画像に写った文字を読んでください
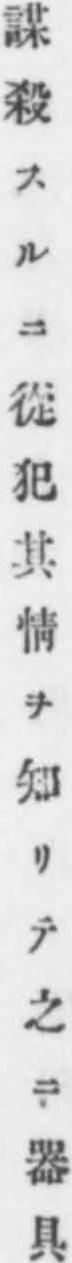
「謀殺スルニ從犯其情ヲ知リテ之ニ器具」と書いてあります